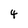
Character: 4